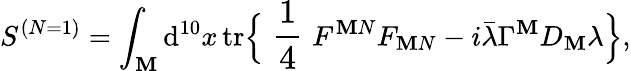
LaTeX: S^{(N=1)}=\int_{\mathbf{M}}\mathrm{d}^{10}x\, \mathrm{{tr}}\Bigr\{ \mathrm{{\large~\frac{{1}}{{4}}~}}F^{\mathbf{M}N}F_{\mathbf{M}N}-i\bar{{\lambda}}\Gamma^{\mathbf{M}}D_{\mathbf{M}}\lambda\Bigr\} ,